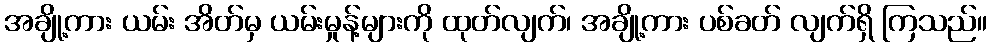
အချို့ကား ယမ်း အိတ်မှ ယမ်းမှုန့်များကို ထုတ်လျက်၊ အချို့ကား ပစ်ခတ် လျက်ရှိ ကြသည်။